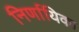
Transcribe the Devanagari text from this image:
निर्णायिका